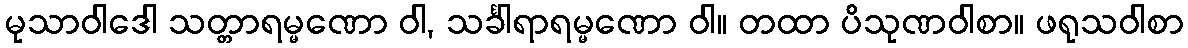
မုသာဝါဒေါ သတ္တာရမ္မဏော ဝါ, သင်္ခါရာရမ္မဏော ဝါ။ တထာ ပိသုဏဝါစာ။ ဖရုသဝါစာ